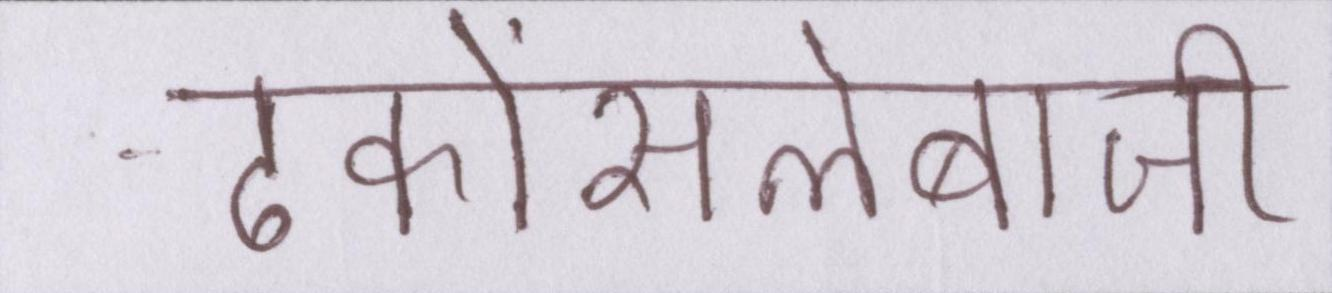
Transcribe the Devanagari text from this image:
ढकोंसलेबाजी